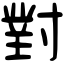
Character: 對